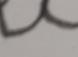
Signature authenticity: forged